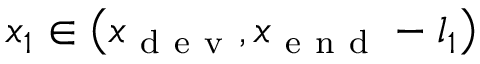
x _ { 1 } \in \left( x _ { \mathrm { ~ d ~ e ~ v ~ } } , x _ { \mathrm { ~ e ~ n ~ d ~ } } - l _ { 1 } \right)